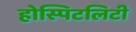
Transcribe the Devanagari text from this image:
होस्पिटलिटी